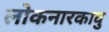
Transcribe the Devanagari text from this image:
लोकनारकावु